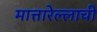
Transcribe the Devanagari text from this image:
मात्तारेल्लाची